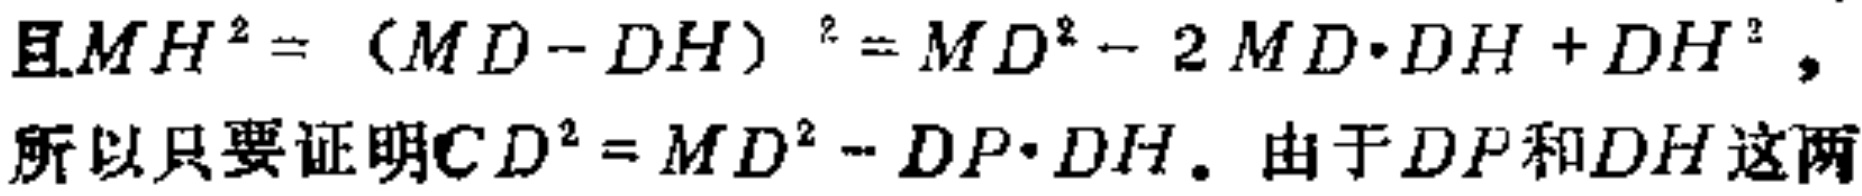
且$MH^{2}=(MD - DH)^{2}=MD^{2}-2MD\cdot DH + DH^{2},$
所以只要证明$CD^{2}=MD^{2}-DP\cdot DH$。由于$DP$和$DH$这两